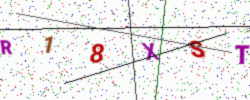
Text: R18XST